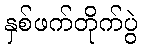
နှစ်ဖက်တိုက်ပွဲ